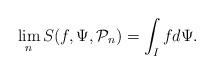
LaTeX: \begin{align*} \lim_n S(f,\Psi, \mathcal{P}_n)=\int_I f d\Psi.\end{align*}